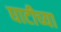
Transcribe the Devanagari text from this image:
घाटीच्या